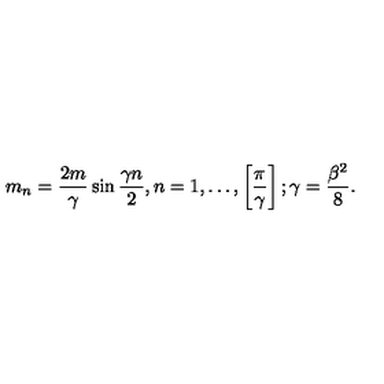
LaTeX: m _ { n } = \frac { 2 m } { \gamma } \sin \frac { \gamma n } { 2 } , n = 1 , \ldots , \left[ \frac { \pi } { \gamma } \right] ; \gamma = \frac { \beta ^ { 2 } } { 8 } .